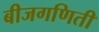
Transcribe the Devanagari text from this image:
बीजगणिती